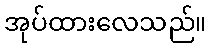
အုပ်ထားလေသည်။